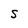
Character: S